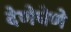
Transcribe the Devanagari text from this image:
देणेघेणे